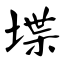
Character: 堞